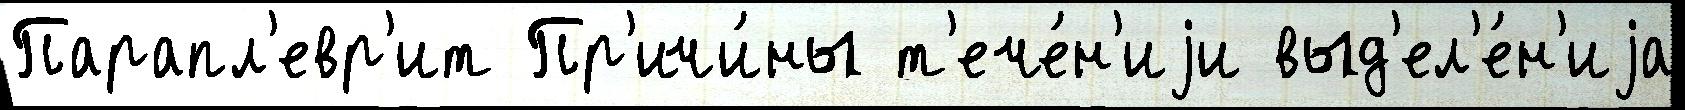
Парапл'евр'ит Пр'ичи́ны т'ече́н'иjи выд'ел'е́н'иjа